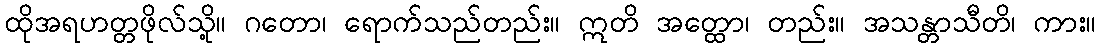
ထိုအရဟတ္တဖိုလ်သို့။ ဂတော၊ ရောက်သည်တည်း။ ဣတိ အတ္ထော၊ တည်း။ အသန္တာသီတိ၊ ကား။